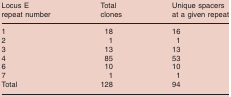
| Locus E repeat number | Total clones | Unique spacers at a given repeat |
 | --- | --- | --- |
 | 1 | 18 | 16 |
 | 2 | 1 | 1 |
 | 3 | 13 | 13 |
 | 4 | 85 | 53 |
 | 6 | 10 | 10 |
 | 7 | 1 | 1 |
 | Total | 128 | 94 |